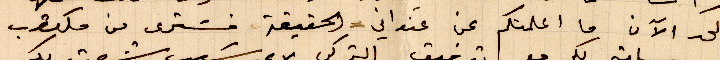
لحد الآن ما اعلمتكم عن عنواني الحقيقة فسترى من مكتوب